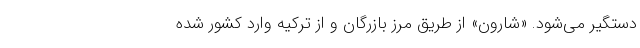
دستگیر می‌شود. «شارون» از طریق مرز بازرگان و از ترکیه وارد کشور شده